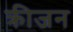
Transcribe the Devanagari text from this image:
क्रीजन